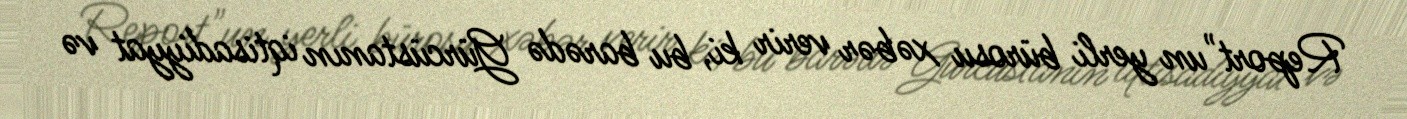
Report"un yerli bürosu xəbər verir ki, bu barədə Gürcüstanın iqtisadiyyat və